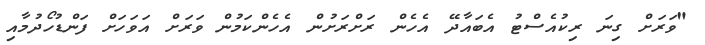
"ވަރަށް ގިނަ ރިކުއެސްޓު އެބައާދޭ އެހެން ރަށްރަށުން އެހެންކަމުން ވަރަށް އަވަހަށް ފަންޑުހޯދުމާއި